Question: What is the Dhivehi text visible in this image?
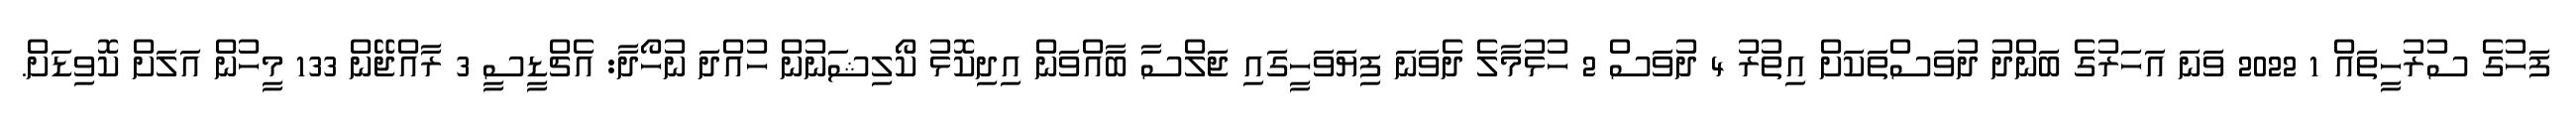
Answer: ފަހުގެ ސުރުހީތައް 1 2022 ވަނަ އަހަރުގެ ބަންދު ދުވަސްތަކަށް އިތުރު 4 ދުވަސް 2 ހުޅުމާލެ ދެވަނަ ފިޔަވަހީގައި ޖަލްސާ ބާއްވަން އިދިކޮޅު ކޯލިޝަނުން ހުއްދަ ނުހޯދާ: އެޗްޑީސީ 3 ރާއްޖޭން 133 މީހުން އަލަށް ކޮވިޑަށް.